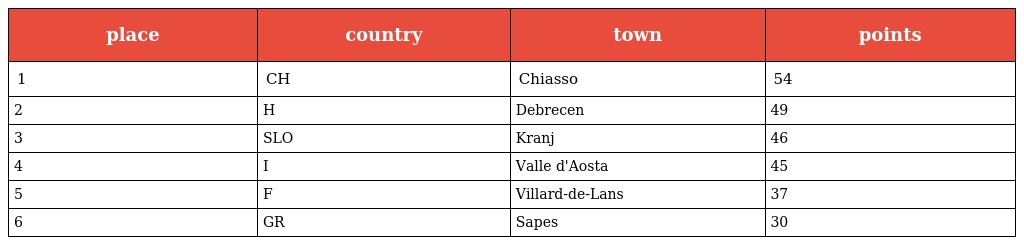
| place | country | town | points |
 | --- | --- | --- | --- |
 | 1 | CH | Chiasso | 54 |
 | 2 | H | Debrecen | 49 |
 | 3 | SLO | Kranj | 46 |
 | 4 | I | Valle d'Aosta | 45 |
 | 5 | F | Villard-de-Lans | 37 |
 | 6 | GR | Sapes | 30 |